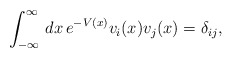
\begin{align*}\int_{-\infty}^{\infty}\,dx\,e^{-V\left( x\right)}v_i(x)v_j(x)=\delta_{ij},\end{align*}